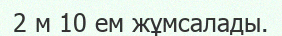
2 м 10 ем жұмсалады.